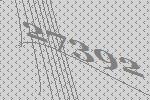
27392